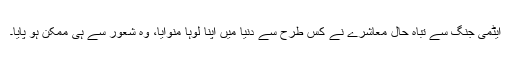
ایٹمی جنگ سے تباہ حال معاشرے نے کس طرح سے دنیا میں اپنا لوہا منوایا، وہ شعور سے ہی ممکن ہو پایا۔